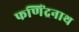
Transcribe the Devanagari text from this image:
फणिंद्रनाथ